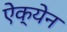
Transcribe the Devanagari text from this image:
ऐक्येन